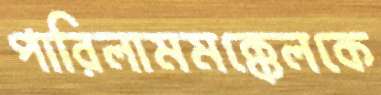
পারিলামমক্কেলকে